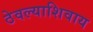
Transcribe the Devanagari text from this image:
ठेवल्याशिवाय